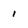
Character: 1